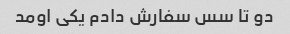
دو تا سس سفارش دادم یکی اومد